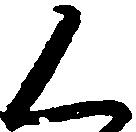
く